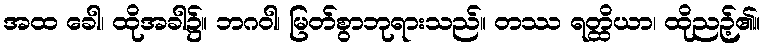
အထ ခေါ၊ ထိုအခါ၌။ ဘဂဝါ၊ မြတ်စွာဘုရားသည်။ တဿ ရတ္ထိယာ၊ ထိုညဉ့်၏။